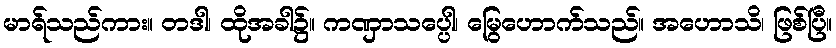
မာရ်သည်ကား။ တဒါ၊ ထိုအခါ၌။ ကဏှာသပ္ပေါ၊ မြွေဟောက်သည်။ အဟောသိ၊ ဖြစ်ပြီ။